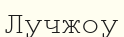
Лучжоу